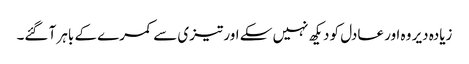
زیادہ دیر وہ اور عادل کو دیکھ نہیں سکے اور تیزی سے کمرے کے باہر آ گئے۔